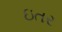
ઇતર